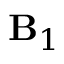
{ \bf { B } } _ { 1 }